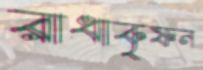
রাধাকৃষ্ণন